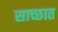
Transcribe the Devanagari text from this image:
साच्छात